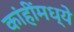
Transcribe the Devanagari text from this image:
कांहींमध्ये